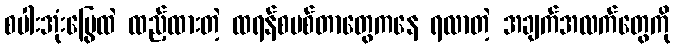
စပါးအုံးမြွေထဲ ထည့်ထားတဲ့ ထရန်စမစ်တာတွေကနေ ရလာတဲ့ အချက်အလက်တွေကို